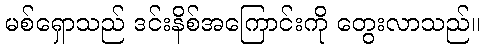
မစ်ရှောသည် ဒင်းနိစ်အကြောင်းကို တွေးလာသည်။